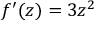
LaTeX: f ^ { \prime } ( z ) = 3 z ^ { 2 }